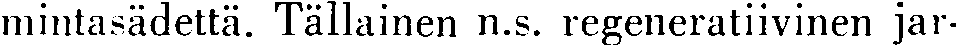
mintasädettä. Tällainen n.s. regeneratiivinen jar-